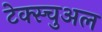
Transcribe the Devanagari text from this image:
टेक्स्चुअल